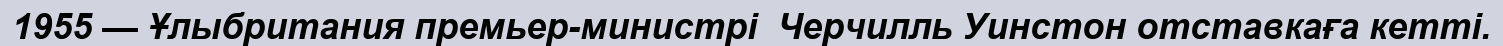
1955 — Ұлыбритания премьер-министрі  Черчилль Уинстон отставкаға кетті.